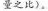
量之比)。